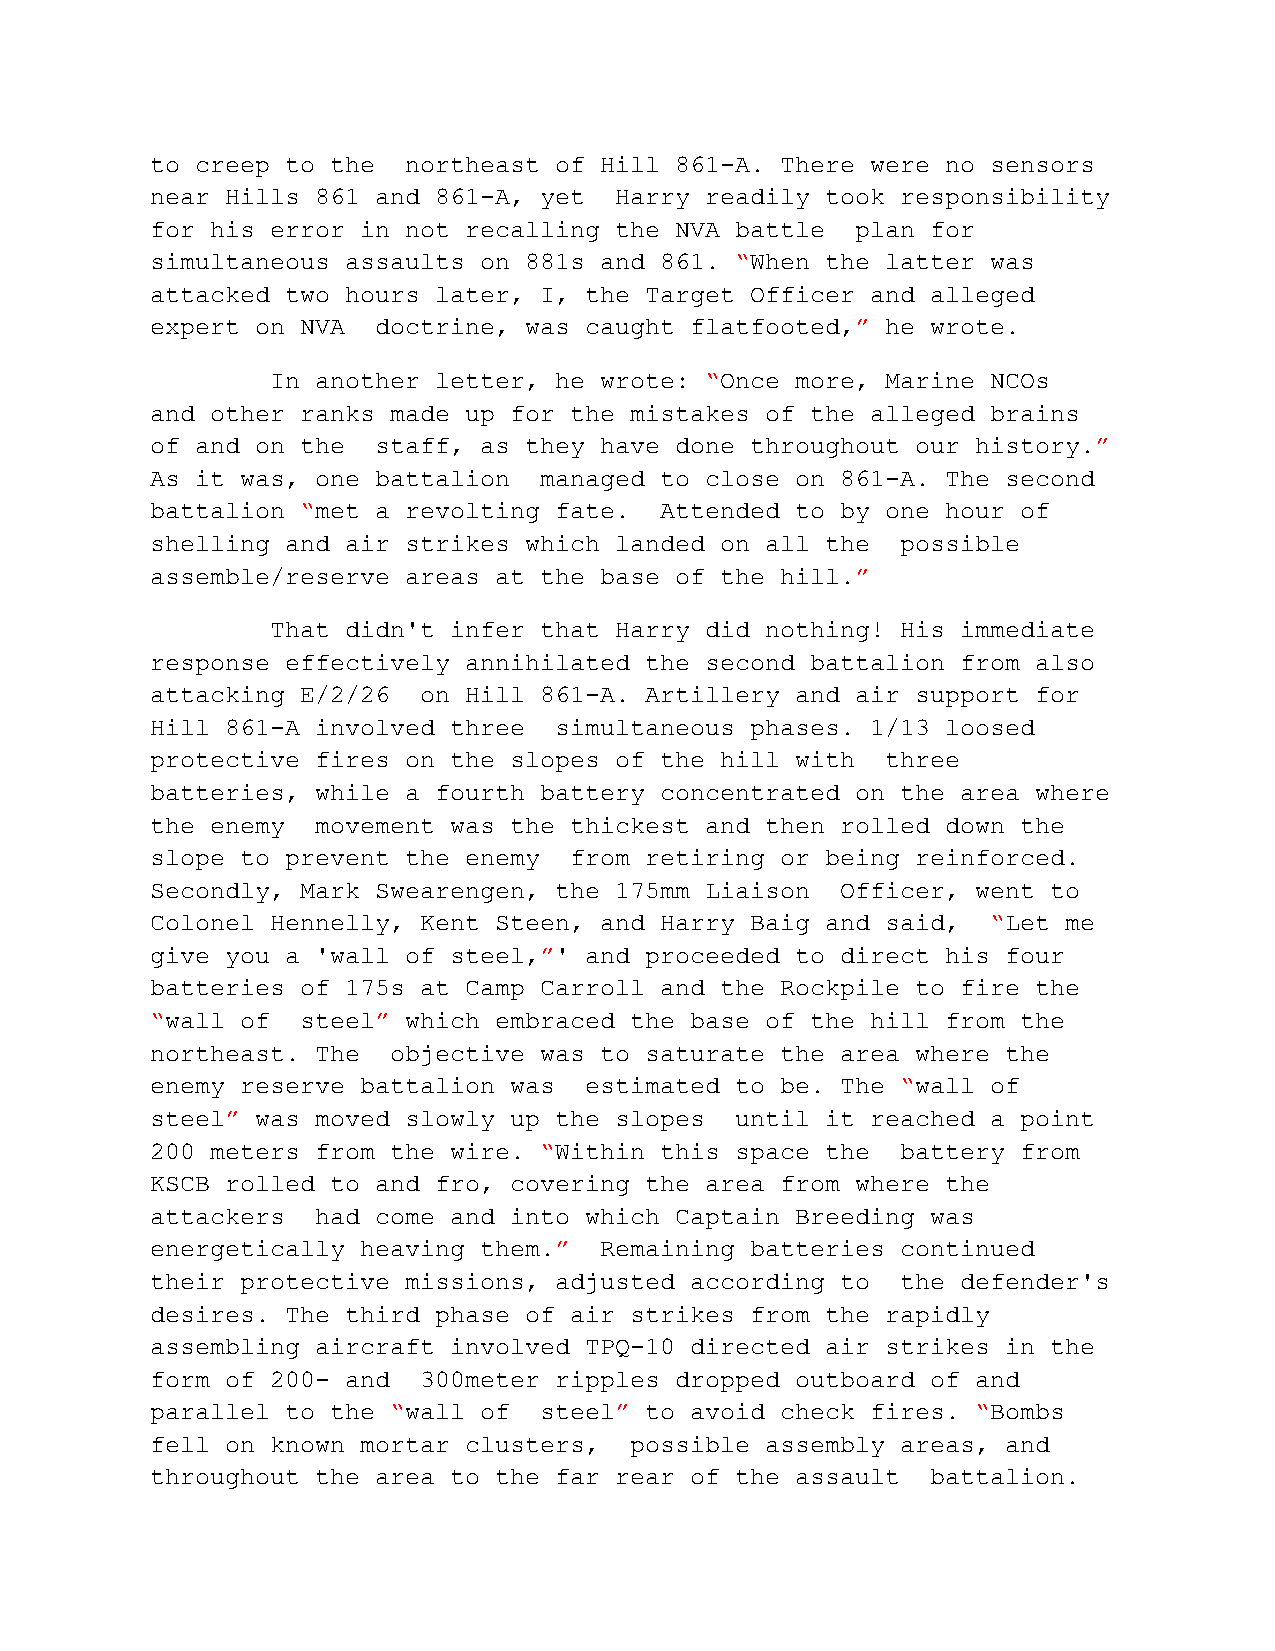
to creep to the  northeast of Hill 861-A. There were no sensors
 near Hills 861 and 861-A, yet  Harry readily took responsibility
 for his error in not recalling the NVA battle  plan for
 simultaneous assaults on 881s and 861. “When the latter was
 attacked two hours later, I, the Target Officer and alleged
 expert on NVA  doctrine, was caught flatfooted,” he wrote.
 In another letter, he wrote: “Once more, Marine NCOs
 and other ranks made up for the mistakes of the alleged brains
 of and on the  staff, as they have done throughout our history.”
 As it was, one battalion  managed to close on 861-A. The second
 battalion “met a revolting fate.  Attended to by one hour of
 shelling and air strikes which landed on all the  possible
 assemble/reserve areas at the base of the hill.”
 That didn't infer that Harry did nothing! His immediate
 response effectively annihilated the second battalion from also
 attacking E/2/26  on Hill 861-A. Artillery and air support for
 Hill 861-A involved three  simultaneous phases. 1/13 loosed
 protective fires on the slopes of the hill with  three
 batteries, while a fourth battery concentrated on the area where
 the enemy  movement was the thickest and then rolled down the
 slope to prevent the enemy  from retiring or being reinforced.
 Secondly, Mark Swearengen, the 175mm Liaison  Officer, went to
 Colonel Hennelly, Kent Steen, and Harry Baig and said,  “Let me
 give you a 'wall of steel,”' and proceeded to direct his four
 batteries of 175s at Camp Carroll and the Rockpile to fire the
 “wall of  steel” which embraced the base of the hill from the
 northeast. The  objective was to saturate the area where the
 enemy reserve battalion was  estimated to be. The “wall of
 steel” was moved slowly up the slopes  until it reached a point
 200 meters from the wire. “Within this space the  battery from
 KSCB rolled to and fro, covering the area from where the
 attackers  had come and into which Captain Breeding was
 energetically heaving them.”  Remaining batteries continued
 their protective missions, adjusted according to  the defender's
 desires. The third phase of air strikes from the rapidly
 assembling aircraft involved TPQ-10 directed air strikes in the
 form of 200- and  300meter ripples dropped outboard of and
 parallel to the “wall of  steel” to avoid check fires. “Bombs
 fell on known mortar clusters,  possible assembly areas, and
 throughout the area to the far rear of the assault  battalion.